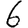
Digit: 6